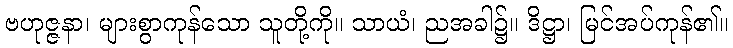
ဗဟုဇ္ဇနာ၊ များစွာကုန်သော သူတို့ကို။ သာယံ၊ ညအခါ၌။ ဒိဋ္ဌာ၊ မြင်အပ်ကုန်၏။